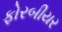
ફોરબીયર